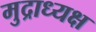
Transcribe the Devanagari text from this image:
मुद्राध्यक्ष